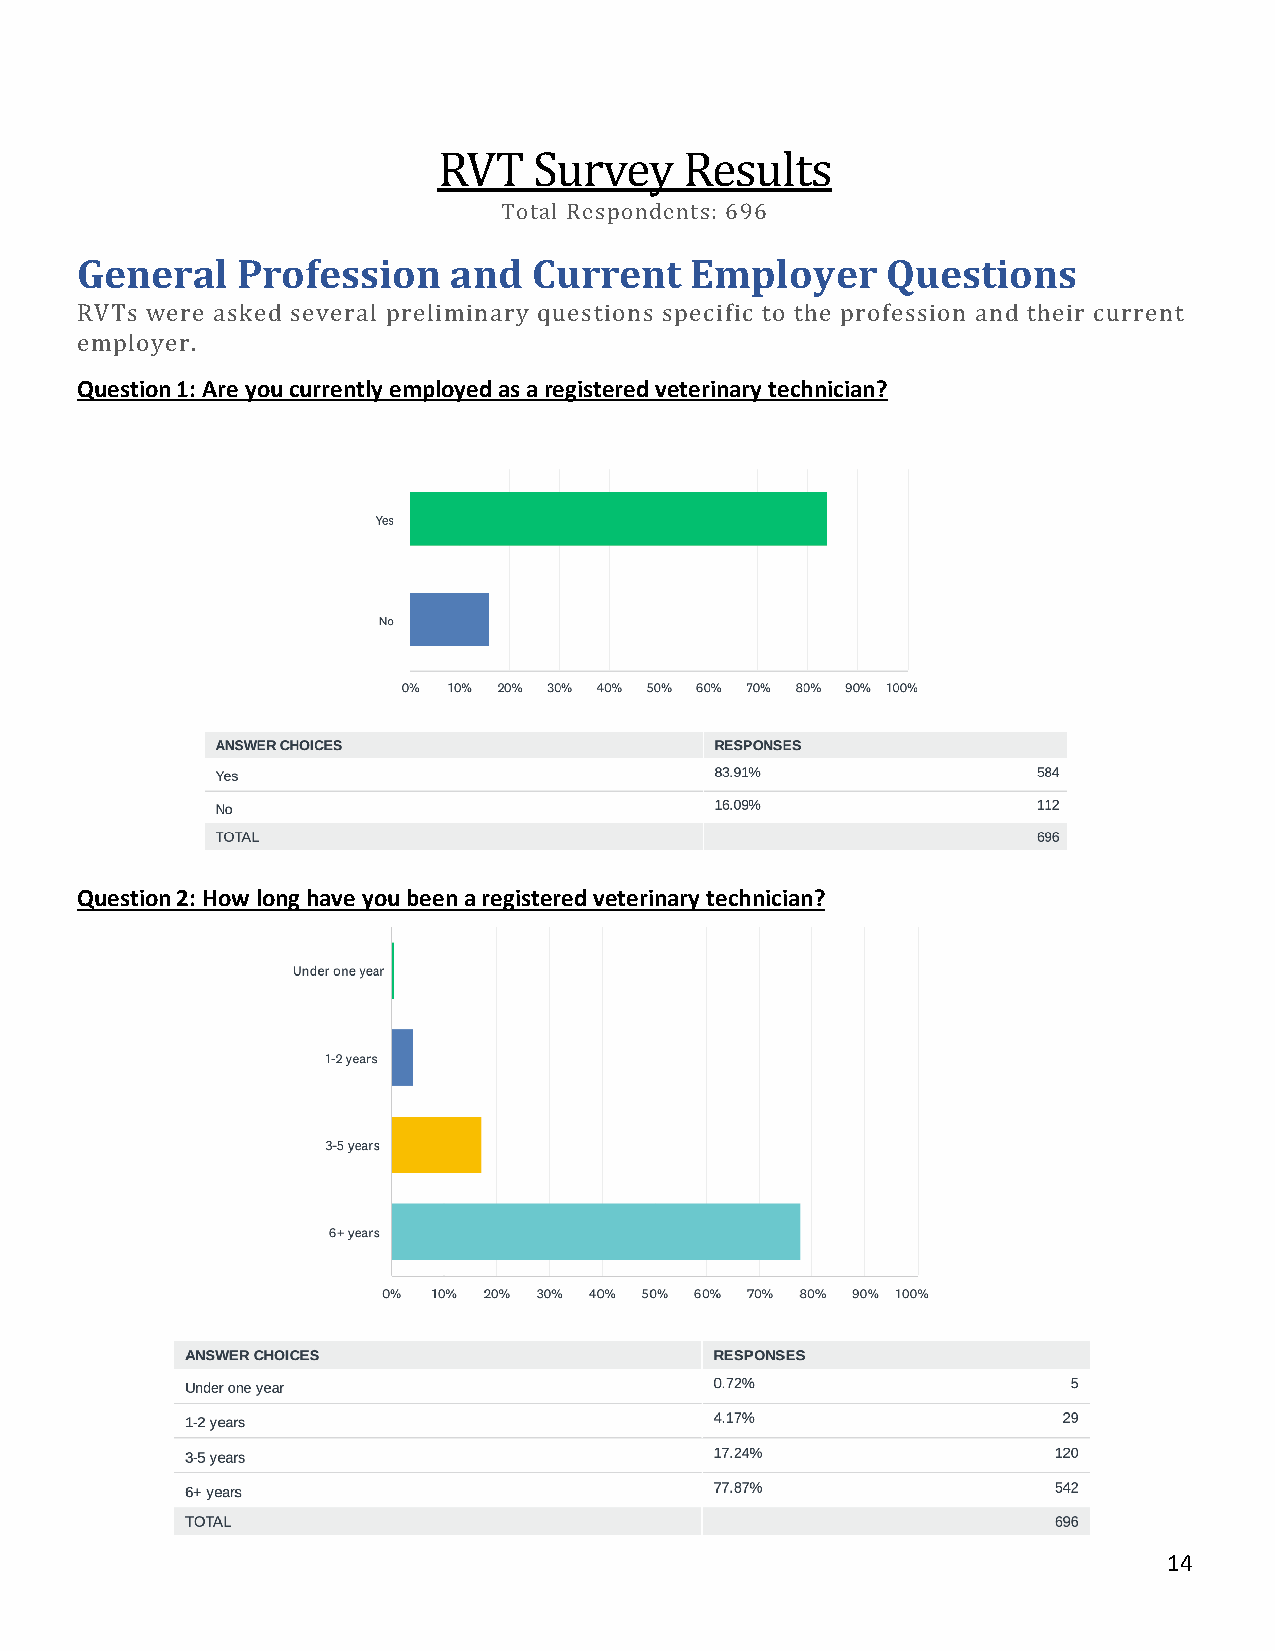
RVT   Survey    Results
 Total Respondents: 696
 General    Profession    and  Current    Employer     Questions
 RVTs were asked several preliminary questions specific to the profession and their current
 employer.
 Question 1: Are you currently employed as a registered veterinary technician?
 Question 2: How long have you been a registered veterinary technician?
 14